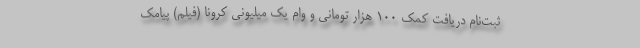
ثبت‌نام دریافت کمک ۱۰۰ هزار تومانی و وام یک میلیونی کرونا (فیلم) پیامک